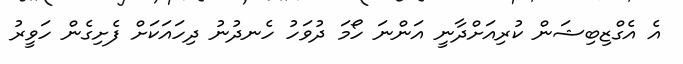
އެ އެގްޒިބިޝަން ކުރިއަށްދާނީ އަންނަ ހޯމަ ދުވަހު ހެނދުނު ދިހައަކަށް ފެށިގެން ހަވީރު